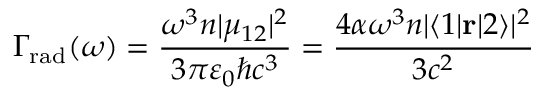
\Gamma _ { \mathrm { r a d } } ( \omega ) = { \frac { \omega ^ { 3 } n | \mu _ { 1 2 } | ^ { 2 } } { 3 \pi \varepsilon _ { 0 } \hbar c ^ { 3 } } } = { \frac { 4 \alpha \omega ^ { 3 } n | \langle 1 | \mathbf { r } | 2 \rangle | ^ { 2 } } { 3 c ^ { 2 } } }